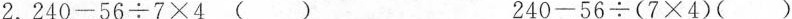
2.$$2 4 0 - 5 6 \div 7 \times 4$$( ) $$2 4 0 - 5 6 \div ( 7 \times 4 )$$( )